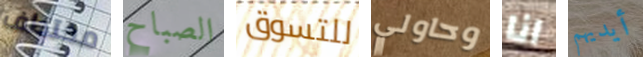
مختطف الصباح للتسوق وحاولي انا أيديهم